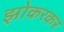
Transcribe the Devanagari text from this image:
झोकरकर